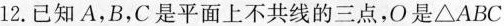
12.已知A，B，C是平面上不共线的三点，O是△ABC